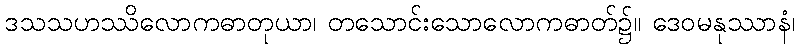
ဒသသဟဿိလောကဓာတုယာ၊ တသောင်းသောလောကဓာတ်၌။ ဒေဝမနုဿာနံ၊